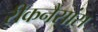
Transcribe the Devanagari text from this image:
रीकनैसांस